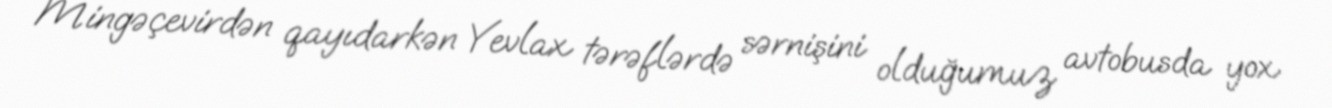
Mingəçevirdən qayıdarkən Yevlax tərəflərdə sərnişini olduğumuz avtobusda yox